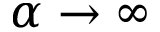
\alpha \to \infty